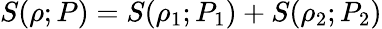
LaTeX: S(\rho;P)=S(\rho_{1};P_{1})+S(\rho_{2};P_{2})